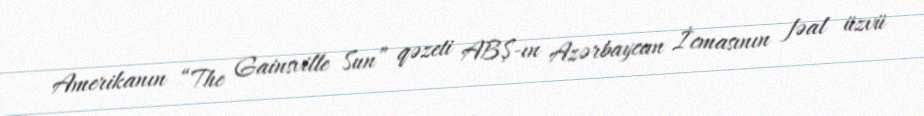
Amerikanın “The Gainsville Sun” qəzeti ABŞ-ın Azərbaycan İcmasının fəal üzvü